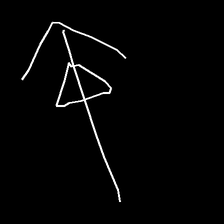
Glyph: pull